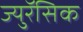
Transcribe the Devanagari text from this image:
ज्युरॅसिक